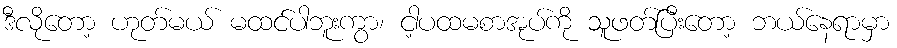
ဒီလိုတော့ ဟုတ်မယ် မထင်ပါဘူးကွာ၊ ငါ့ပထမစာအုပ်ကို သူဖတ်ပြီးတော့ ဘယ်နေရာမှာ